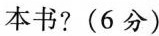
本书?(6分)